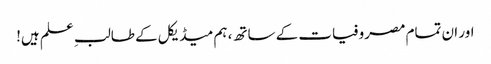
اور ان تمام مصروفیات کے ساتھ، ہم میڈیکل کے طالبِ علم ہیں!